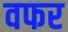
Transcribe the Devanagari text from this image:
वफर